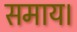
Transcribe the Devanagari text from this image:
समाय।